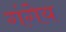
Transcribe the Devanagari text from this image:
गंगेय